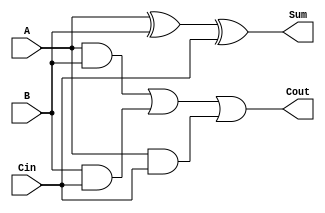
module fulladder(
    input wire A,
    input wire B,
    input wire Cin,
    output reg Sum,
    output reg Cout
    );
    
    always @(*)
    begin
    Sum = A^B^Cin;
    Cout = (A & B) | (B & Cin) | (A & Cin);
    end
    
endmodule